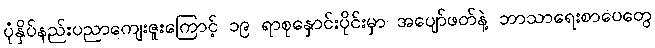
ပုံနှိပ်နည်းပညာကျေးဇူးကြောင့် ၁၉ ရာစုနှောင်းပိုင်းမှာ အပျော်ဖတ်နဲ့ ဘာသာရေးစာပေတွေ